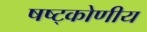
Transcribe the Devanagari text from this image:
षष्ट्कोणीय